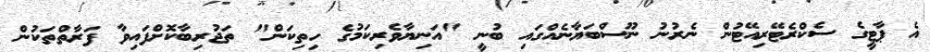
އެ ޕާޓީގެ ސެކްރެޓޭރިއޭޓުން ނެރުނު ނޫސްބަޔާނެއްގައި ބުނީ "އަނިޔާވެރިކަމުގެ ހިތިކަން" ތަޖުރިބާކޮށްފައިވާ ފަރާތްތަކުން